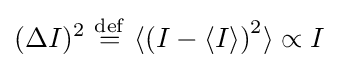
(\Delta I)^{2}\ {\stackrel {\mathrm {def} }{=}}\ \langle \left(I-\langle I\rangle \right)^{2}\rangle \propto I